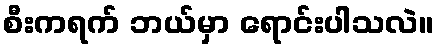
စီးကရက် ဘယ်မှာ ရောင်းပါသလဲ။